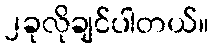
၂ခုလိုချင်ပါတယ်။